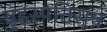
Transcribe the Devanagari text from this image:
बृहस्पतिसूत्र